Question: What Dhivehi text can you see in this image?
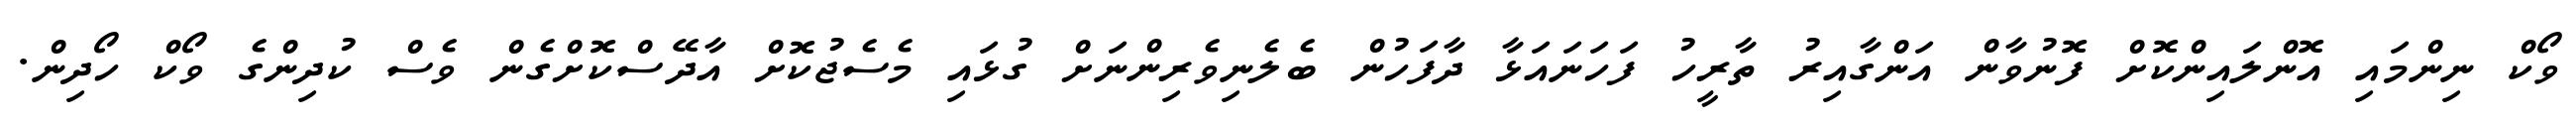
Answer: ވޯކް ނިންމައި އޮންލައިންކޮށް ފޮނުވާން އަންގާއިރު ތާރީހު ފަހަނައަޅާ ދާފަހުން ބެލެނިވެރިންނަށް ގުޅައި މެސެޖުކޮށް އާދޭސްކޮށްގެން ވެސް ކުދިންގެ ވޯކް ހޯދިން.